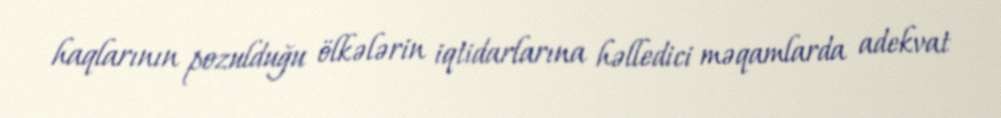
haqlarının pozulduğu ölkələrin iqtidarlarına həlledici məqamlarda adekvat